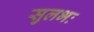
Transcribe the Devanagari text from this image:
सुलभः